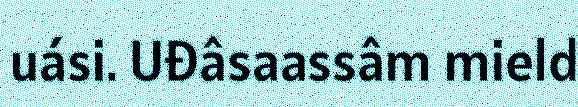
uási. Uđâsaassâm mield